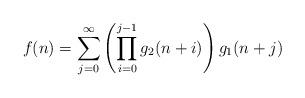
LaTeX: \begin{align*}f(n) = \sum _{j=0}^\infty \left(\prod _{i=0}^{j-1} g_{2}(n + i)\right) g_{1}(n + j) \end{align*}